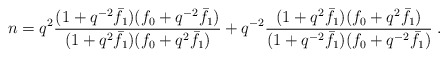
\begin{align*}n=q^{2}\frac{(1+q^{-2}\bar{f}_{1})(f_{0}+q^{-2}\bar{f}_{1})}{(1+q^{2}\bar{f}_{1})(f_{0}+q^{2}\bar{f}_{1})}+q^{-2}\frac{(1+q^{2}\bar{f}_{1})(f_{0}+q^{2}\bar{f}_{1})}{(1+q^{-2}\bar{f}_{1})(f_{0}+q^{-2}\bar{f}_{1})}\;.\end{align*}